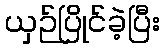
ယှဉ်ပြိုင်ခဲ့ပြီး